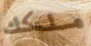
ملكك